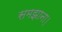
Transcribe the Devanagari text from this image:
समझाना।